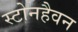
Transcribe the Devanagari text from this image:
स्टोनहैवन